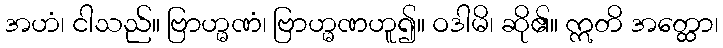
အဟံ၊ ငါသည်။ ဗြာဟ္မဏံ၊ ဗြာဟ္မဏဟူ၍။ ဝဒါမိ၊ ဆို၏။ ဣတိ အတ္ထော၊